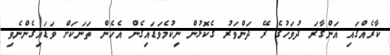
ކާރެއްގައި އަންގާރަ ދުވަހުގެ ރޭ ދަންވަރު ގެކޮޅުން ނިކުމެވަޑައިގެން އެހެން ތަނަކަށް ވަޑައިގެންނެވި